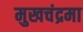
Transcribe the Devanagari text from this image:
मुखचंद्रमा